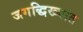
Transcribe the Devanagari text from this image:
जगद्धिख्यात